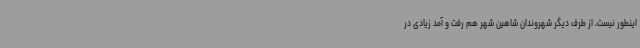
اینطور نیست، از طرف دیگر شهروندان شاهین شهر هم رفت و آمد زیادی در